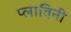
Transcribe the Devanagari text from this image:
प्लाविनी